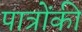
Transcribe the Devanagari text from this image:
पात्रोंकी